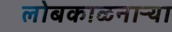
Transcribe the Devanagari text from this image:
लोबकाळनाऱ्या